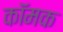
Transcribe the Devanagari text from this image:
कॉमक